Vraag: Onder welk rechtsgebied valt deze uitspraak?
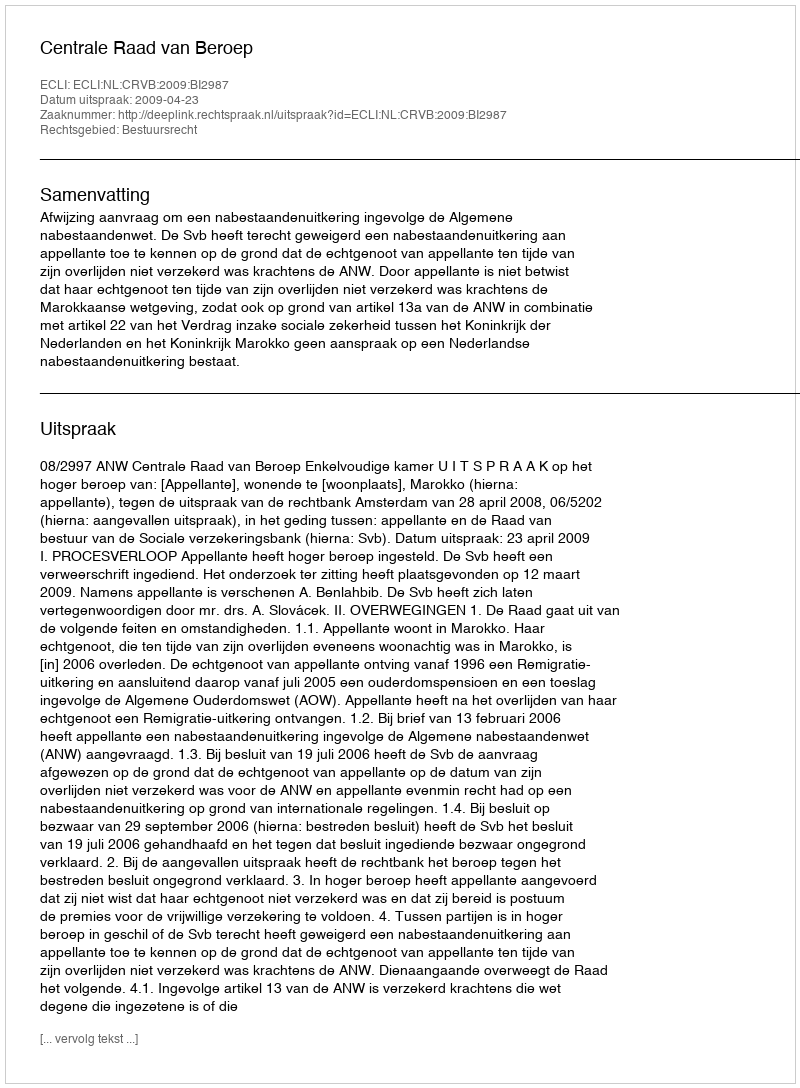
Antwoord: Bestuursrecht